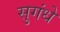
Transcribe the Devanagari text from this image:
सुगंधे